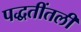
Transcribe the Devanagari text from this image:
पद्धतींतली